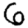
Digit: 6